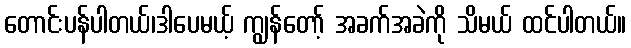
တောင်းပန်ပါတယ်၊ဒါပေမယ့် ကျွန်တော့် အခက်အခဲကို သိမယ် ထင်ပါတယ်။